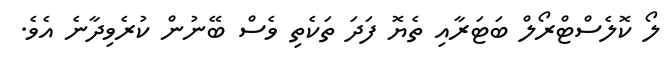
ލޯ ކޮލެސްޓްރޯލް ބަޓަރާއި ތެޔޮ ފަދަ ތަކެތި ވެސް ބޭނުން ކުރެވިދާނެ އެވެ.